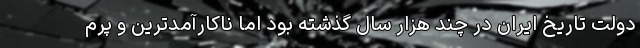
دولت تاریخ ایران در چند هزار سال گذشته بود اما ناکارآمدترین و پرم